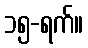
၁၅-ရက်။